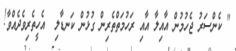
" ކެންސަރު ޖެހުމުން އާއިލާ އާއި ރަހުމަތްތެރިން ގުޅުން ކަނޑާލި  އެހީތެރިވެދެއްވާ!